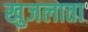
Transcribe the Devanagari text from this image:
खुजलाता